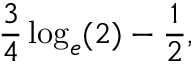
{ \frac { 3 } { 4 } } \log _ { e } ( 2 ) - { \frac { 1 } { 2 } } ,